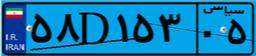
۵۸D۱۵۳۰۵